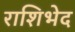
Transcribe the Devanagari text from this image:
राशिभेद